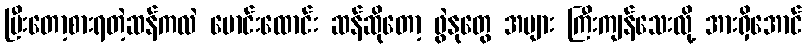
ပြီးတော့စားရတဲ့ဆန်ကလဲ မောင်းထောင်း ဆန်ဆိုတော့ ဖွဲနုတွေ အများ ကြီးကျန်သေးလို့ အားရှိအောင်